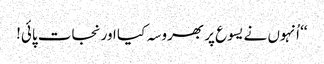
‘‘ اُنہوں نے یسوع پر بھروسہ کیا اور نجات پائی!